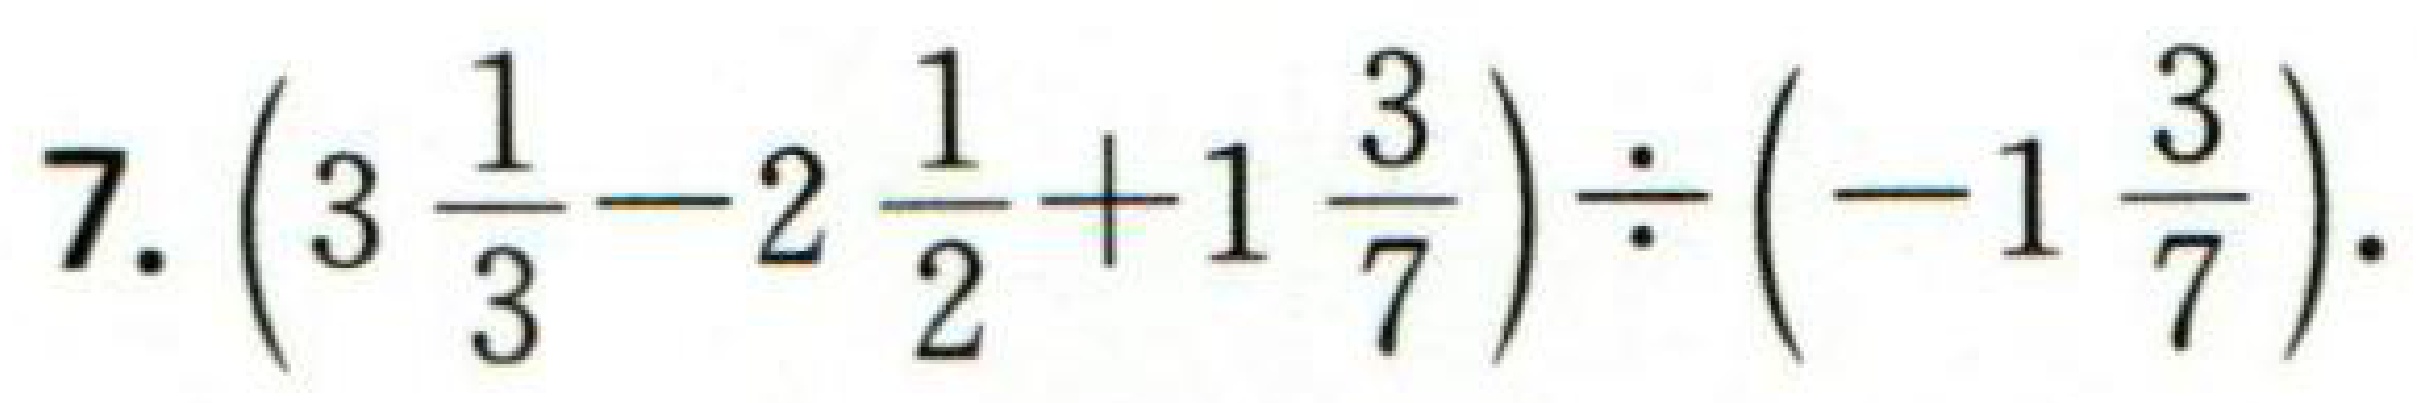
7. \(\left(3\frac{1}{3}-2\frac{1}{2}+1\frac{3}{7}\right)\div\left(-1\frac{3}{7}\right)\).